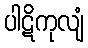
ပါဋိကုလျံ